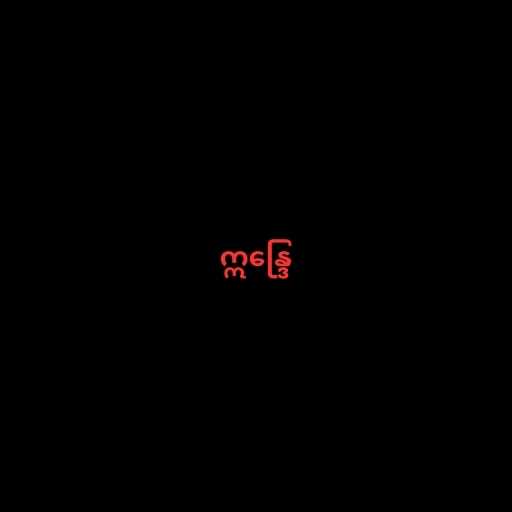
ဣန္ဒြေ